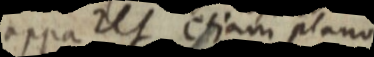
apparet etiam plano